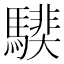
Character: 𩥰